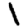
Digit: 1